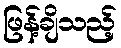
ဖြန့်ချိသည့်